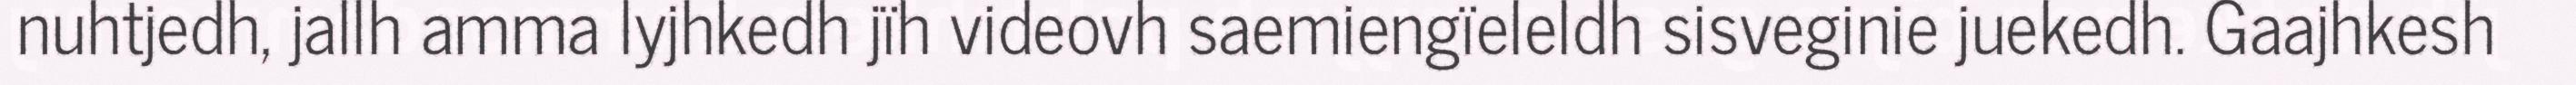
nuhtjedh, jallh amma lyjhkedh jïh videovh saemiengïeleldh sisveginie juekedh. Gaajhkesh